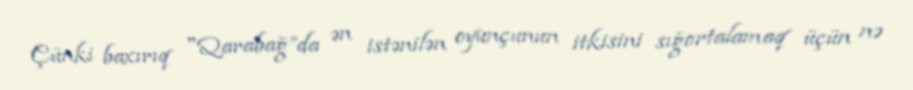
Çünki baxırıq "Qarabağ”da ən istənilən oyunçunun itkisini sığortalamaq üçün nə